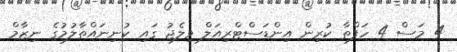
4 މަސް 4 ހަފްތާ ކުރިން އިންޑަސްޓްރިއަލް ވިލެޖު ގައި ކުނިނައްތާލުމުގެ ނިިޒާމް